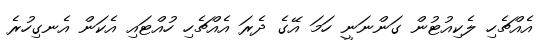
އެއްޗެހި ލެކިއުޓުން ގަންނަނީ ހަމަ އޭގެ ދެރަ އެއްޗެހި ހުއްޓައި އެކަން އެނގިހުރެ